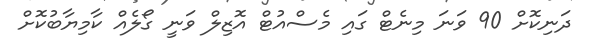
ދަނިކޮށް 90 ވަނަ މިނެޓް ގައި މެސްއުޓް އޮޒިލް ވަނީ ގޯލެއް ކާމިޔާބުކޮށް